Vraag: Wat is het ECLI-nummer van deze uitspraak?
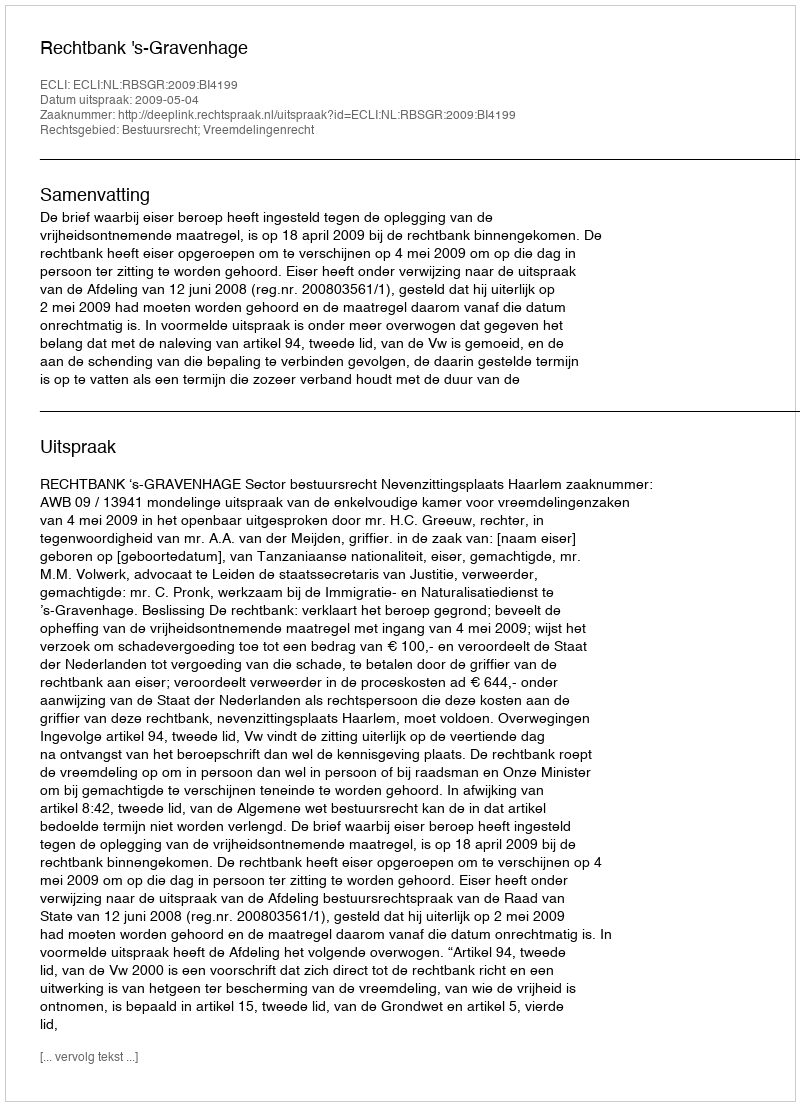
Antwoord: ECLI:NL:RBSGR:2009:BI4199